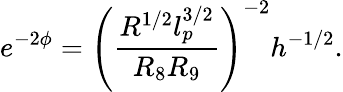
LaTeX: e^{-2\phi}=\left(\frac{R^{1/2}l_{p}^{3/2}}{R_{8}R_{9}}\right)^{-2}h^{-1/2}.